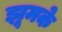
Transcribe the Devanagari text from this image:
झूमके